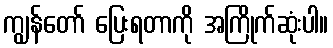
ကျွန်တော် ပြေးရတာကို အကြိုက်ဆုံးပါ။